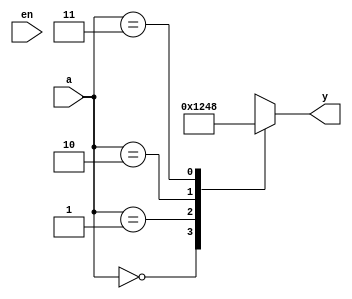
module Decoder2to4(
input [1:0] a,
output reg [3:0] y,
input en
);

always@(a or en)
begin
    case(a)
        2'b00: y = 4'b0001;
        2'b01: y = 4'b0010;
        2'b10: y = 4'b0100;
        2'b11: y = 4'b1000;
        default: y = 4'b0000;
    endcase
end
endmodule